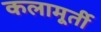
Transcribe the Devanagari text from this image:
कलामूर्ती